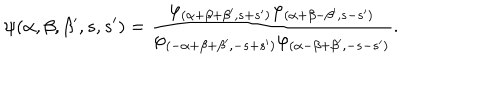
\psi ( \alpha , \beta , \beta ^ { \prime } , s , s ^ { \prime } ) = \frac { \varphi _ { ( \alpha + \beta + \beta ^ { \prime } , s + s ^ { \prime } ) } \varphi _ { ( \alpha + \beta - \beta ^ { \prime } , s - s ^ { \prime } ) } } { \varphi _ { ( - \alpha + \beta + \beta ^ { \prime } , - s + s ^ { \prime } ) } \varphi _ { ( \alpha - \beta + \beta ^ { \prime } , - s - s ^ { \prime } ) } } .